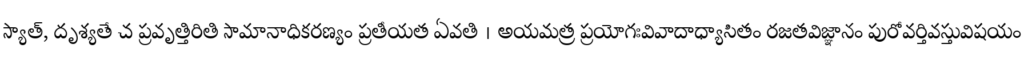
స్యాత్, దృశ్యతే చ ప్రవృత్తిరితి సామానాధికరణ్యం ప్రతీయత ఏవతి । అయమత్ర ప్రయోగఃవివాదాధ్యాసితం రజతవిజ్ఞానం పురోవర్తివస్తువిషయం